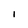
Character: I